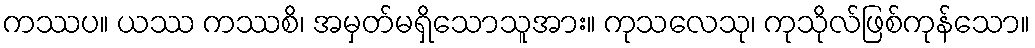
ကဿပ။ ယဿ ကဿစိ၊ အမှတ်မရှိသောသူအား။ ကုသလေသု၊ ကုသိုလ်ဖြစ်ကုန်သော။